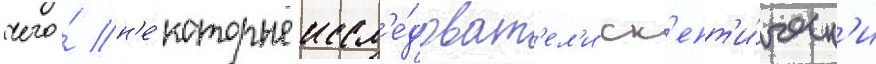
чего́ н'е́которые иссл'е́доват'ел'и ск'епт'и́ческ'и